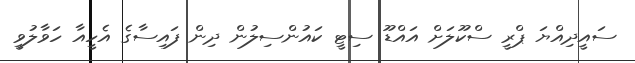
ސައީދިއްޔަ ޕްރީ ސްކޫލަށް އައްޑޫ ސިޓީ ކައުންސިލުން ދިން ފައިސާގެ އެހީއާ ހަވާލުވީ